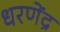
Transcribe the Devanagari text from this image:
धरणेंद्र